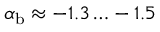
\alpha _ { \mathrm { b } } \approx - 1 . 3 \ldots - 1 . 5